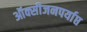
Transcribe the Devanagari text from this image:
ऑक्सीजनपर्याप्त